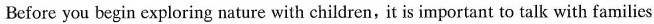
Before you begin exploring nature with children, it is important to talk with families